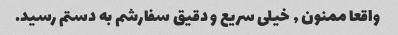
واقعا ممنون , خیلی سریع و دقیق سفارشم به دستم رسید.